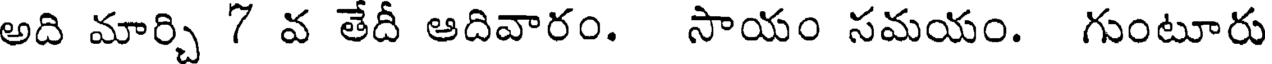
అది మార్చి 7 వ తేదీ ఆదివారం. సాయం సమయం. గుంటూరు